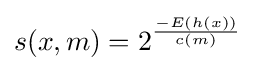
s(x,m)=2^{\frac {-E(h(x))}{c(m)}}